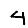
Digit: 4